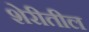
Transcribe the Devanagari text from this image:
शेरीतील